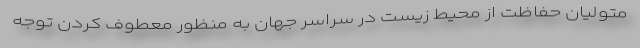
متولیان حفاظت از محیط زیست در سراسر جهان به منظور معطوف کردن توجه